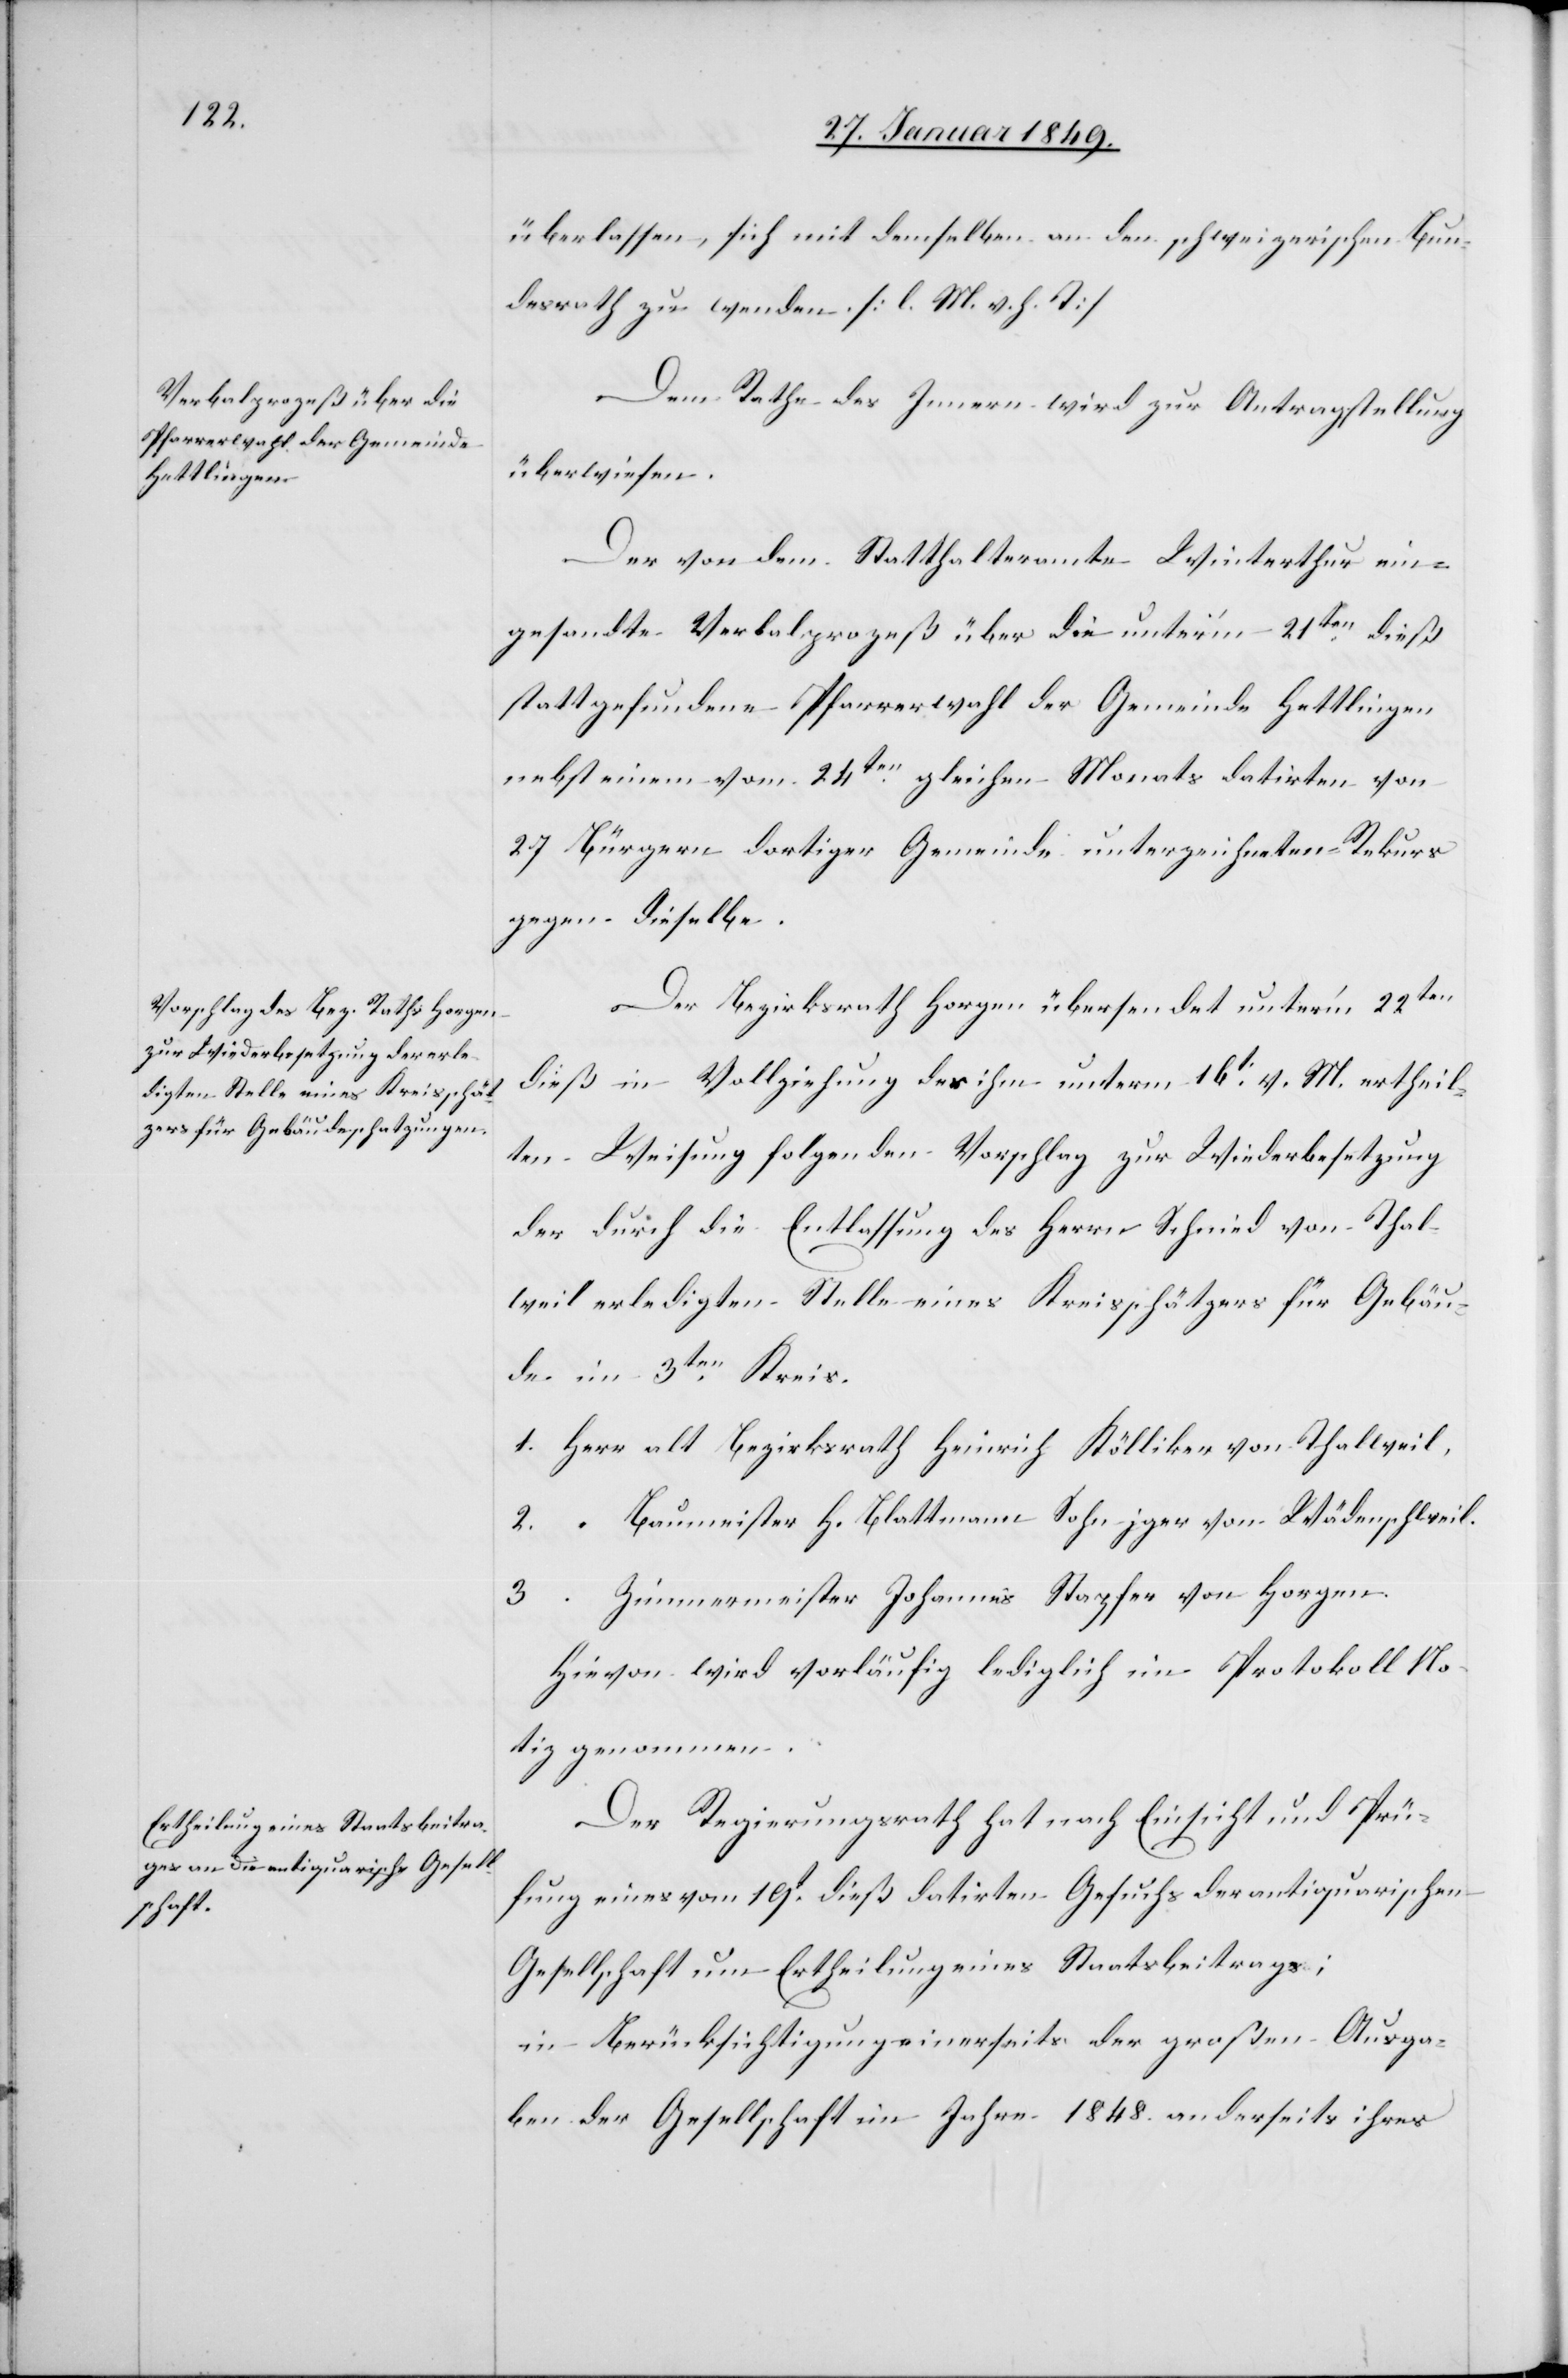
überlassen, sich mit demselben an den schweizerischen Bun¬
desrath zu wenden. [l. M. v. h. T]
Dem Rathe des Innern wird zur Antragstellung
überwiesen.
Der von dem Statthalteramte Winterthur ein¬
gesandte Verbalprozeß über die unter’m 21ten. dieß
stattgefundene Pfarrerwahl der Gemeinde Hettlingen
nebst einem vom 24ten. gleichen Monats datirten von
27 Bürgern dortiger Gemeinde unterzeichneten Rekurs
gegen dieselbe.
Der Bezirksrath Horgen übersendet unter’m 22ten
dieß in Vollziehung der ihm unterm 16t. v. M. ertheil¬
ten Weisung folgenden Vorschlag zur Wiederbesetzung
der durch die Entlassung des Herrn Schmied von Thal¬
weil erledigten Stelle eines Kreisschätzers für Gebäu¬
de im 3ten. Kreis.
1. Herr alt Bezirksrath Heinrich Kölliker von Thalweil.
2. “ Baumeister H. Blattmann Sohn jger von Wädenschweil.
3. “ Zimmermeister Johannes Stapfer von Horgen.
Hievon wird vorläufig lediglich im Protokoll No¬
tiz genommen.
Der Regierungsrath hat nach Einsicht und Prü¬
fung eines vom 19t. dieß datirten Gesuchs der antiquarischen
Gesellschaft um Ertheilung eines Staatsbeitrags;
in Berücksichtigung einerseits der großen Ausga¬
ben der Gesellschaft im Jahre 1848. anderseits ihres